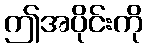
ဤအပိုင်းကို